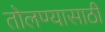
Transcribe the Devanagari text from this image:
तोलण्यासाठी